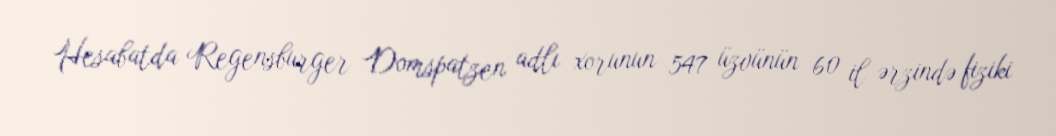
Hesabatda Regensburger Domspatzen adlı xorunun 547 üzvünün 60 il ərzində fiziki